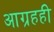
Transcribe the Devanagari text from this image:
आग्रहही